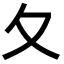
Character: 夂